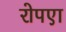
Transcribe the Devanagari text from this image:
रोपएा